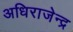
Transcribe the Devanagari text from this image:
अधिराजेन्द्र